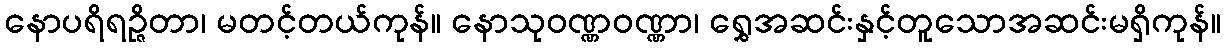
နောပရိရဉ္ဇိတာ၊ မတင့်တယ်ကုန်။ နောသုဝဏ္ဏဝဏ္ဏာ၊ ရွှေအဆင်းနှင့်တူသောအဆင်းမရှိကုန်။